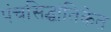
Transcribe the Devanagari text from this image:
पंचसिद्धांतिकेत